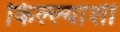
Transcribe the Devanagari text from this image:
किल्ल्यांशी